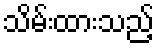
သိမ်းထားသည့်